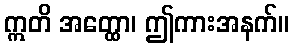
ဣတိ အတ္ထော၊ ဤကားအနက်။